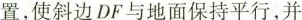
置，使斜边DF与地面保持平行，并